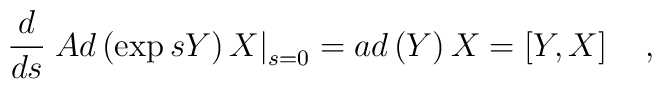
\frac d{ds}\left. Ad\left( \exp sY\right) X\right|_{s=0}=ad\left( Y\right) X=\left[ Y,X\right] \quad ,